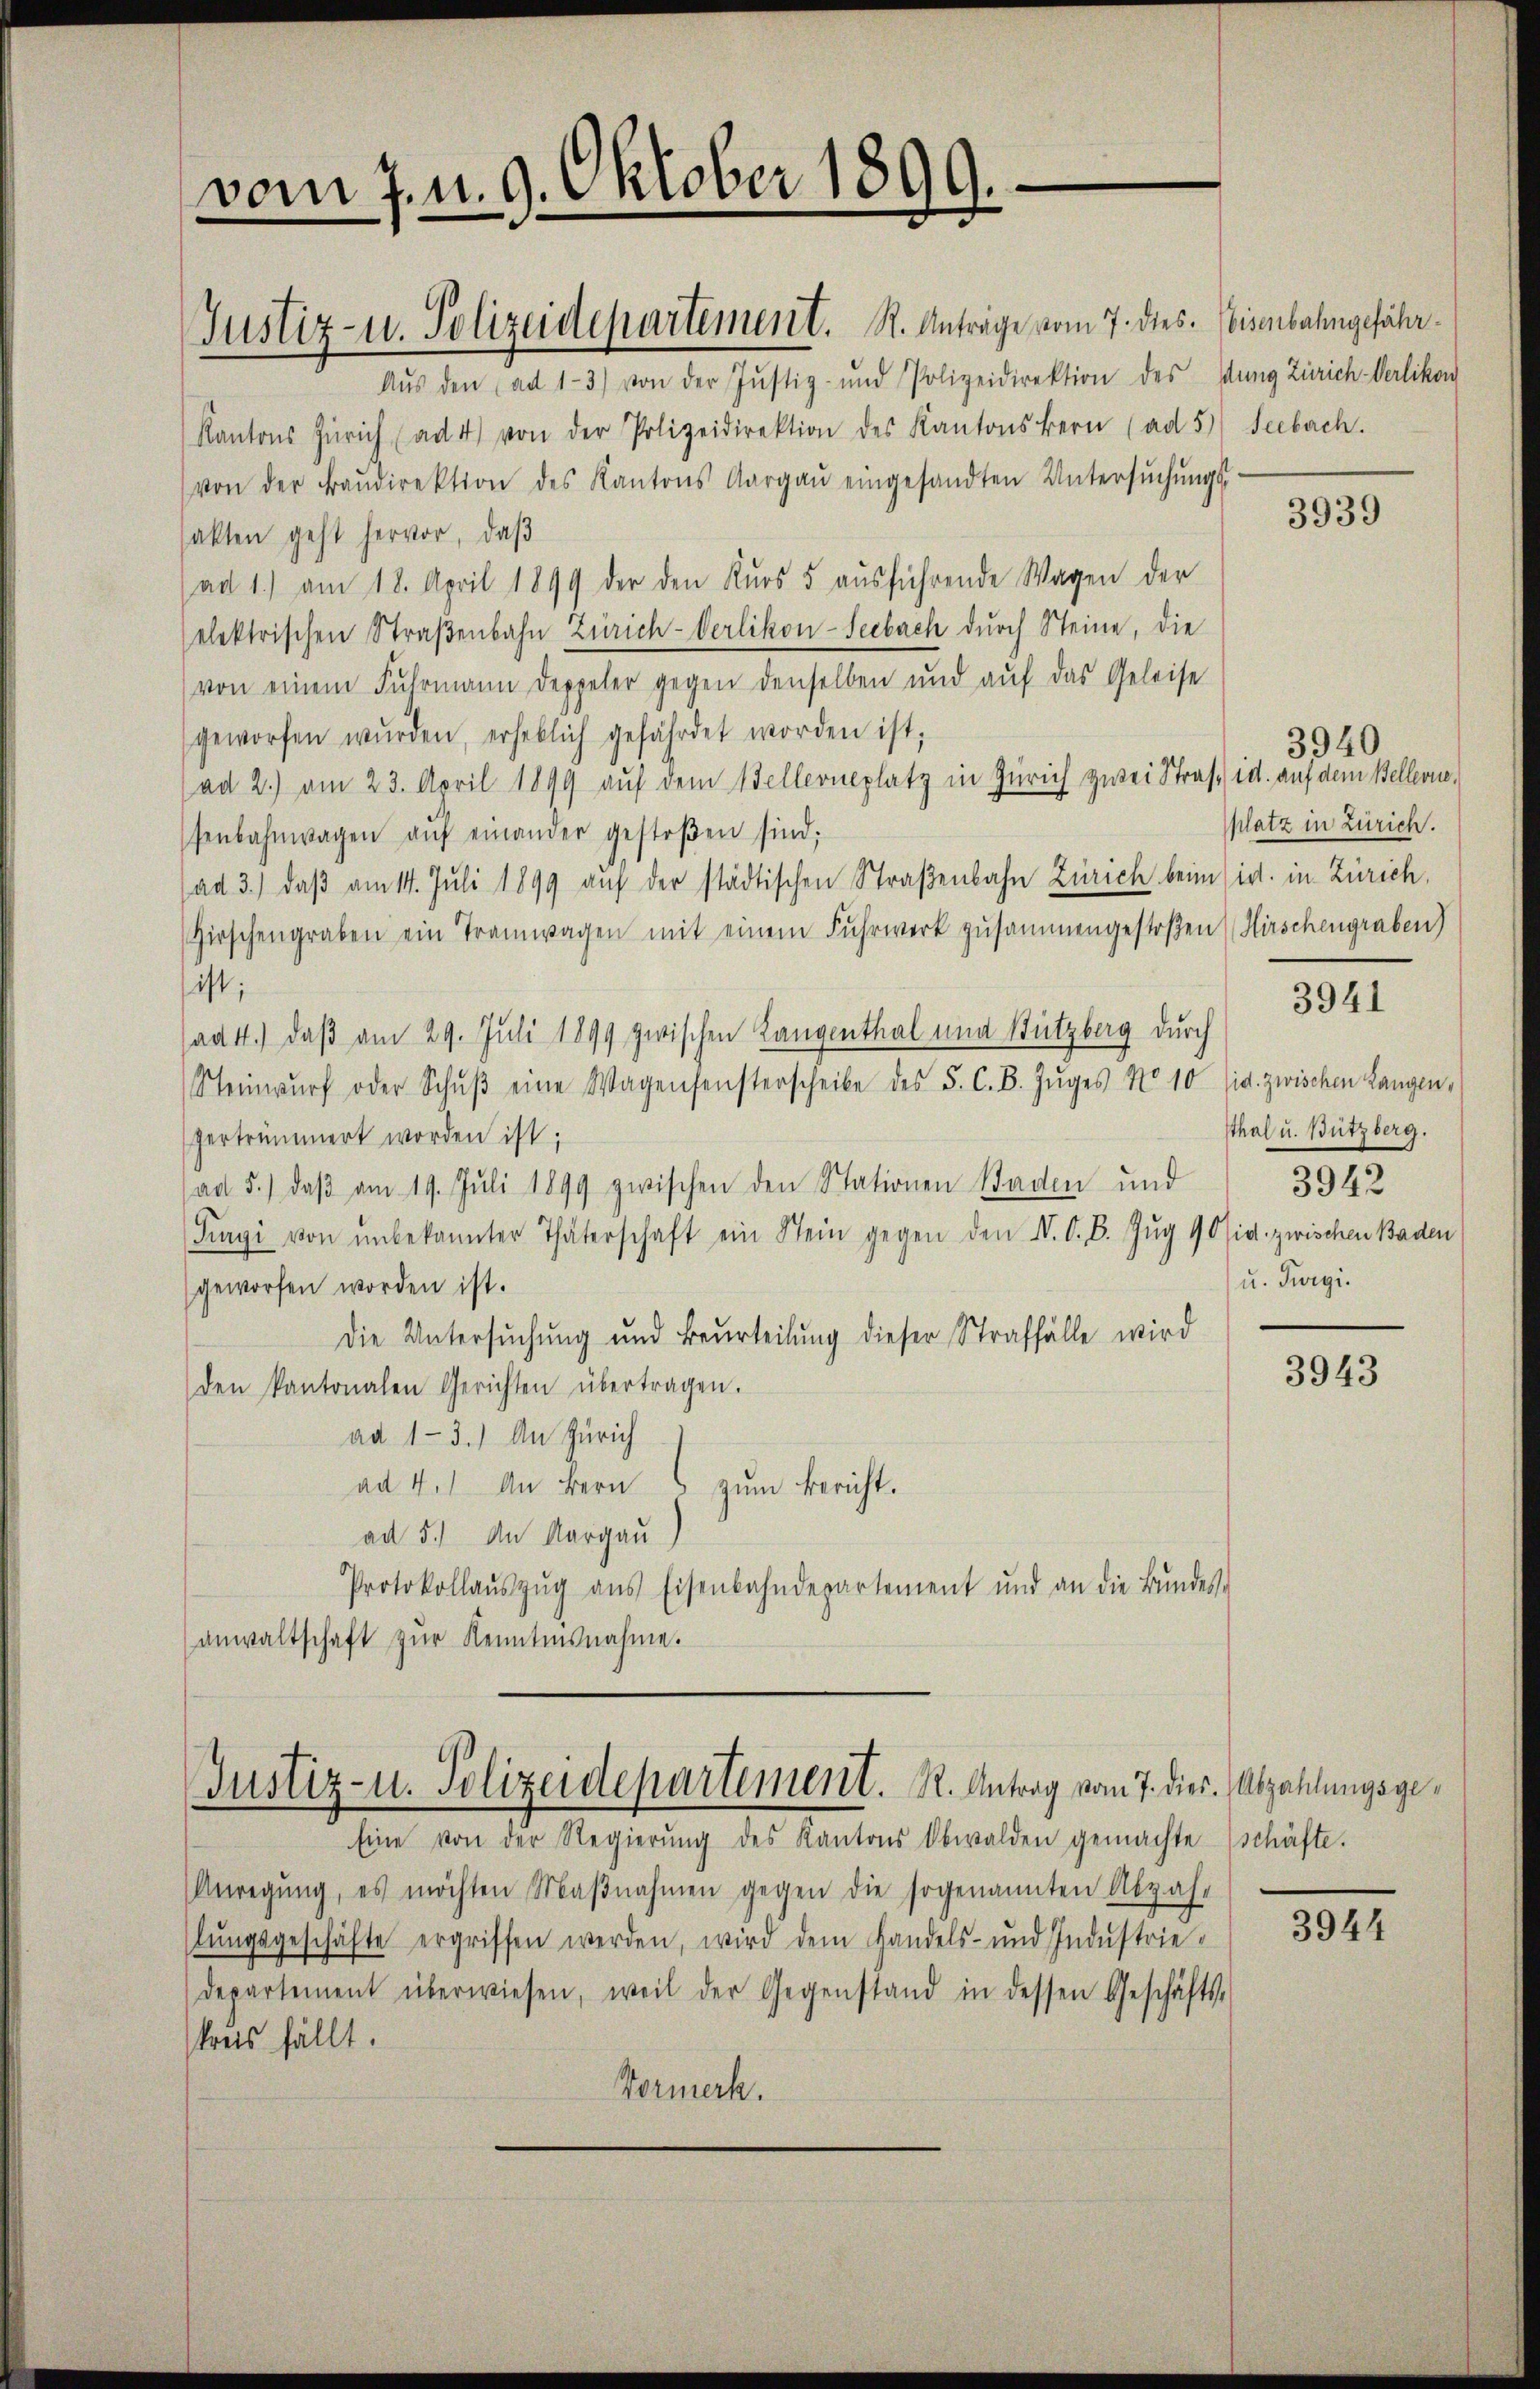
vom 7. d. 9. Oktober 1899.
d

Justiz- u. Polizeidepartement. S. Anträge vom 7. dies. Eisenbahngefähr¬
Aŭs den ad 1.- 3) von der Justiz- und Polizeidirektion des dung Zürich Verlikon
Kantons Zürich ad 4) von der Polizeidirektion des Kantonskern (ad 5) Seebach.
von der Fraŭdirektion des Kantons Aargaŭ eingesandten Untersŭchŭngs-
sakten geht hervor, daß
ad 1.) am 18. April 1899 der den Kŭrs 5 aŭsführende Wagen der
elektrischen Straβenbahn Zürich-Verlikon-Seebach durch Steine, die
von einem Fŭhrmann doppeler gegen denselben und aŭf das Geleise
geworfen wŭrden, erheblich gefährdet worden ist;
ad 2.) am 23. April 1899 aŭf dem Stellerneplatz in Zürich zwei Straf id. auf dem Bellerne,
senbahnwagen aŭf einander gestoβen sind;
ad 3.) daß am 14. Juli 1899 auf der städtischen Straßenbahn Zürich beim sie in Zürich,
Hirschengraben ein Tramwagen mit einem Fuhrwerk zusammengestoßen Hirschengraben)
ist;
ad 4.) daß am 29. Juli 1899 zwischen Langenthal und Stutzberg durch
Steinwŭrf oder Schŭβ eine Wagensensterscheibe des 5. C. B. Zŭges No 10 (id. zwischen Langen,
vertrümmert worden ist;
ad 5.) daβ am 19. Juli 1899 zwischen den Stationen Staden und
Fagi von ŭnbekannter Thäterschaft ein Stein gegen den IV. O. B. Zug 90 sie zwischen Baden
geworfen worden ist.
Die Untersŭchŭng und Beurteilŭng dieser Straffälle wird
den kantonalen Gerichten übertragen.
ad 1-3.) An Zürich
ad 4.) An Bern s zŭm Bericht.
ad 5.) An Aargau
Protokollaŭszŭg aŭs Eisenbahndepartement und an die Bŭndes-
anwaltschaft zur Kenntnisnahme.

Justiz- u. Polizeidepartement. R. Antrag vom 7. dies. Abzahlungsge¬

Eine von der Regierŭng des Kantons Obwalden gemachte schäfte.
Anregŭng, es möchten Maβnahmen gegen die sogenannten Abzah-
lŭngsgeschäfte ergriffen werden, wird dem Landels- und Indŭstrie-
departement überwiesen, weil der Gegenstand in dessen Geschäfts-
skreis fällt.
Vormerk.

3939

3940
platz in Zürich.

3941

sthal u. Bützberg.
3942
u. Turgi.

3943

3944